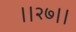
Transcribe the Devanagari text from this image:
।।२७।।